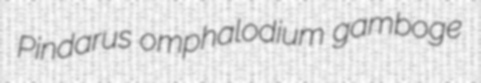
Pindarus omphalodium gamboge